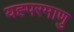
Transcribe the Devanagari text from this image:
यह्परमाणु